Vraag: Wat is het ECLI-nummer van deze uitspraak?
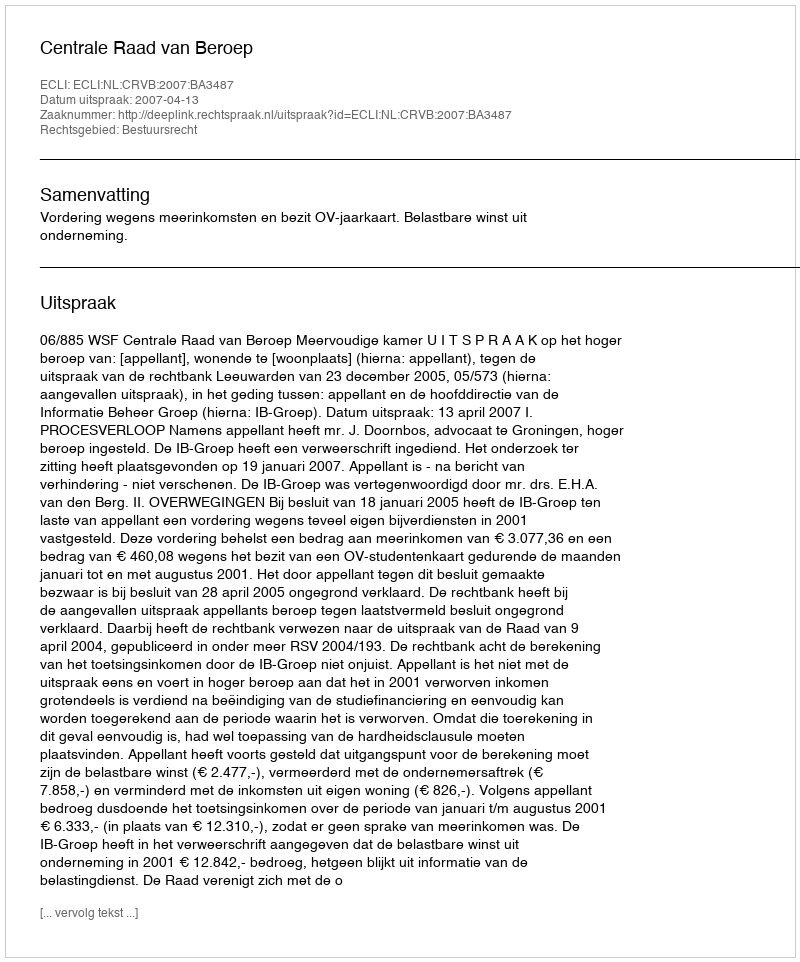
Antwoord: ECLI:NL:CRVB:2007:BA3487